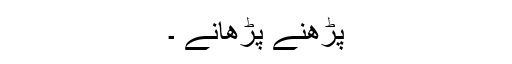
پڑھنے پڑھانے ۔